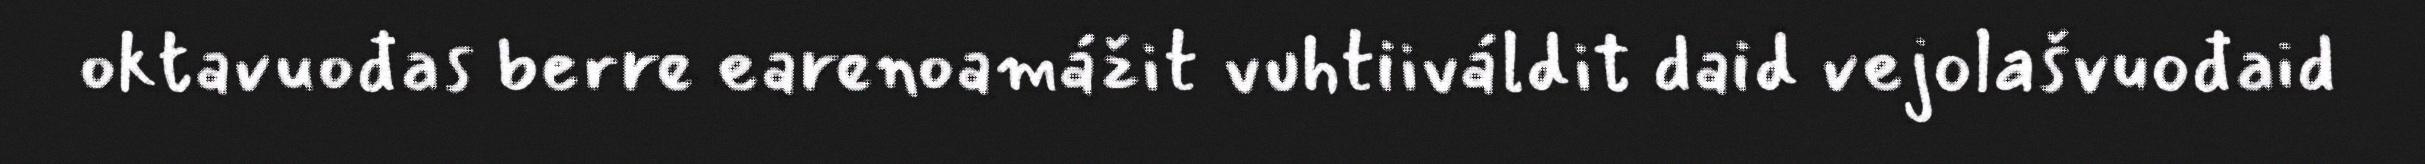
oktavuođas berre earenoamážit vuhtiiváldit daid vejolašvuođaid